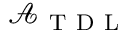
\mathcal { A } _ { \mathrm { ~ T ~ D ~ L ~ } }